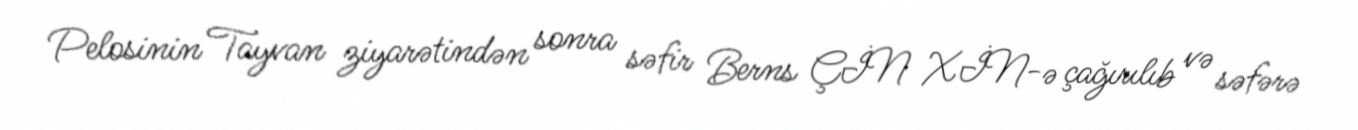
Pelosinin Tayvan ziyarətindən sonra səfir Berns ÇİN XİN-ə çağırılıb və səfərə